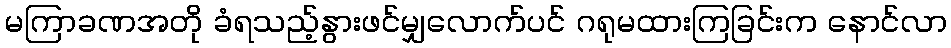
မကြာခဏအတို ခံရသည့်နွားဖင်မျှလောက်ပင် ဂရုမထားကြခြင်းက နောင်လာ